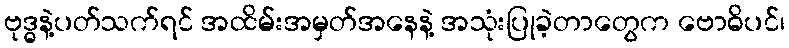
ဗုဒ္ဓနဲ့ပတ်သက်ရင် အထိမ်းအမှတ်အနေနဲ့ အသုံးပြုခဲ့တာတွေက ဗောဓိပင်၊